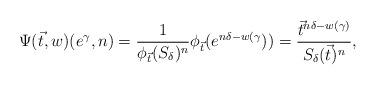
LaTeX: \begin{align*}\Psi(\vec{t},w)(e^{\gamma},n)=\frac{1}{\phi_{\vec{t}}(S_{\delta})^{n}}\phi_{\vec{t}}(e^{n\delta-w(\gamma}))=\frac{\vec{t}^{n\delta-w(\gamma)}}{S_{\delta}(\vec{t})^{n}},\end{align*}